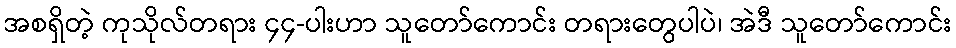
အစရှိတဲ့ ကုသိုလ်တရား ၄၄-ပါးဟာ သူတော်ကောင်း တရားတွေပါပဲ၊ အဲဒီ သူတော်ကောင်း